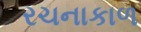
રચનાકાળ